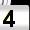
Digit: 4